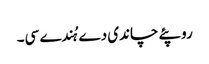
روپئے چاندی دے ہُندے سی۔